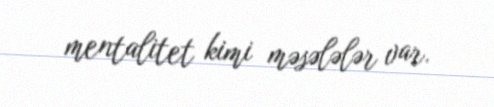
mentalitet kimi məsələlər var.